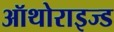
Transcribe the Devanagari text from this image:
ऑथोराइज्ड